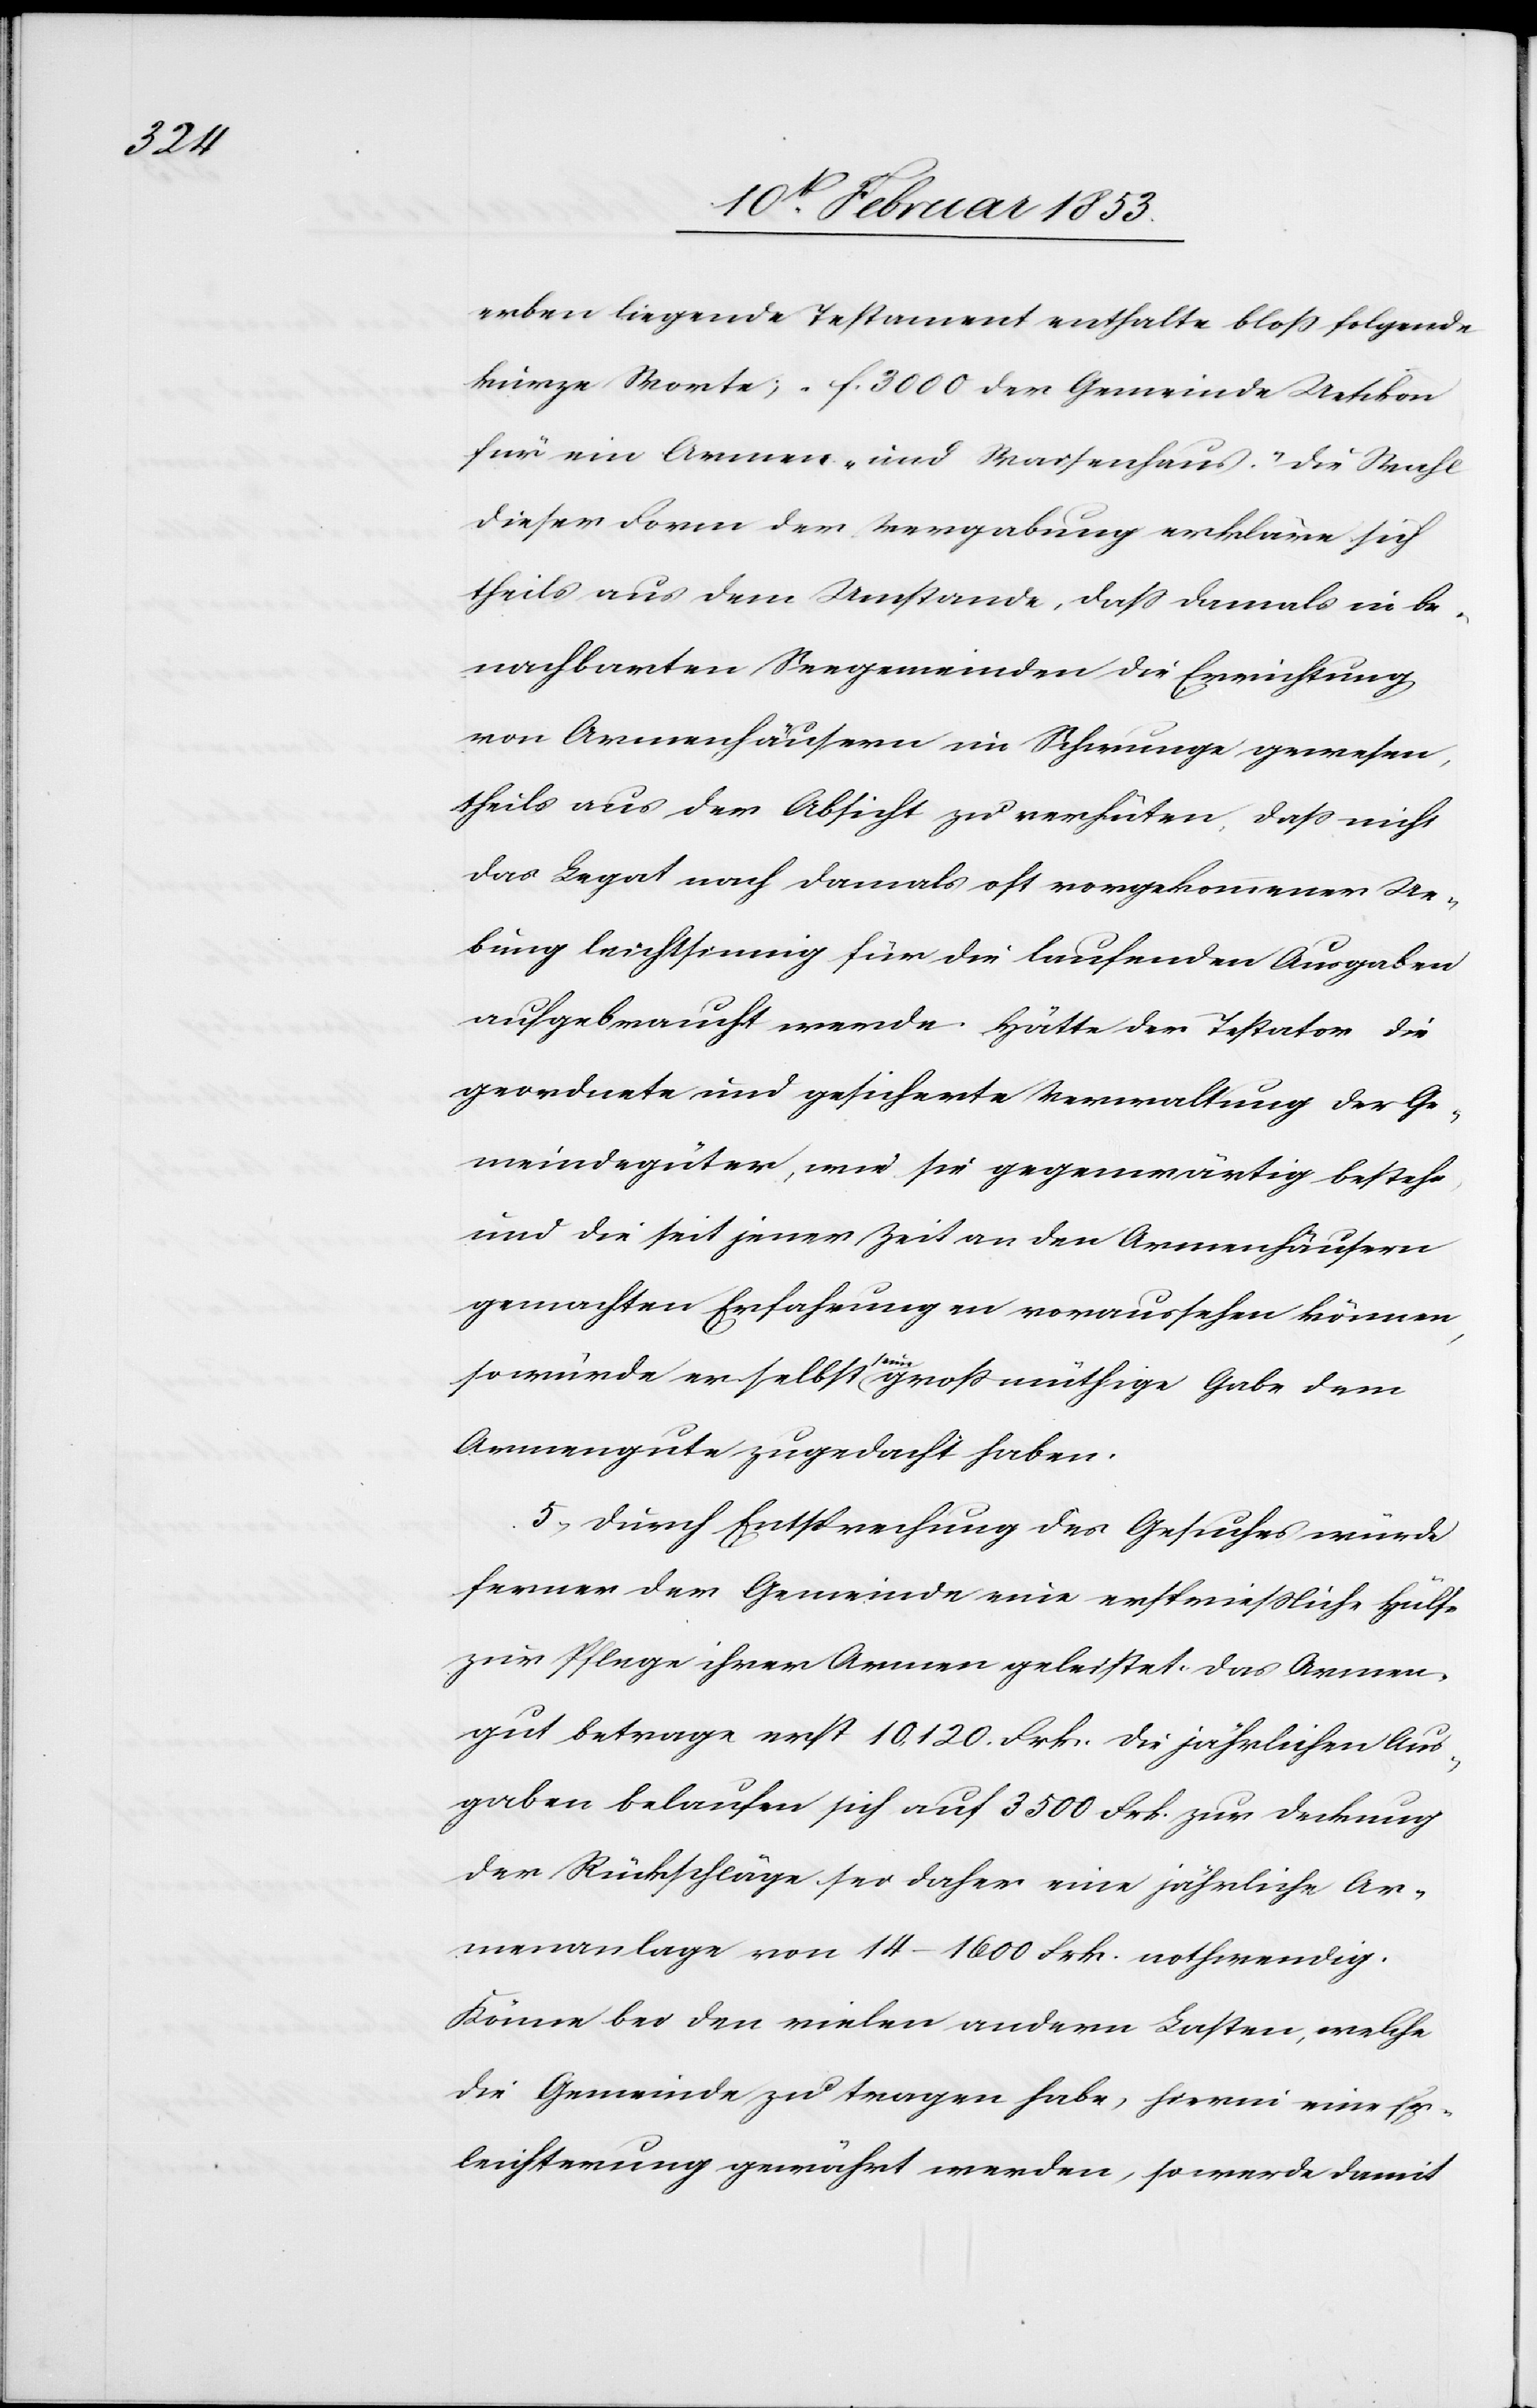
erben liegende Testament enthalte bloß folgende
kurze Worte; „f. 3000 der Gemeinde Uetikon
für ein Armen- und Waisenhaus.“ Die Wahl
dieser Form der Vergabung erkläre sich
theils aus dem Umstande, daß damals in be¬
nachbarten Seegemeinden die Errichtung
von Armenhäusern im Schwunge gewesen
theils aus der Absicht zu verhüten, daß nicht
das Legat nach damals oft vorgekommener Ue¬
bung leichtsinnig für die laufenden Ausgaben
aufgebracht werde. Hätte der Testator die
geordnete und gesicherte Verwaltung der Ge¬
meindsgüter, wie sie gegenwärtig bestehe,
und die seit jener Zeit an den Armenhäusern
gemachten Erfahrungen voraussehen können,
so würde er selbst seine großmüthige Gabe dem
Armengute zugedacht haben.
5, Durch Entsprechung des Gesuches würde
ferner der Gemeinde eine ersprießliche Hülfe
zur Pflege ihrer Armen geleistet. Das Armen¬
gut betrage erst 10,120. Frk. die jährlichen Aus¬
gaben belaufen sich auf 3500. Frk. zur Deckung
der Rückschläge sei daher eine jährliche Ar¬
menanlage von 14–1600. Frk. nothwendig.
Könne bei den vielen andern Lasten, welche
die Gemeinde zu tragen habe, hierin eine Er¬
leichterung gewährt werden, so werde damit